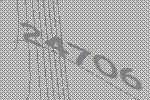
24706